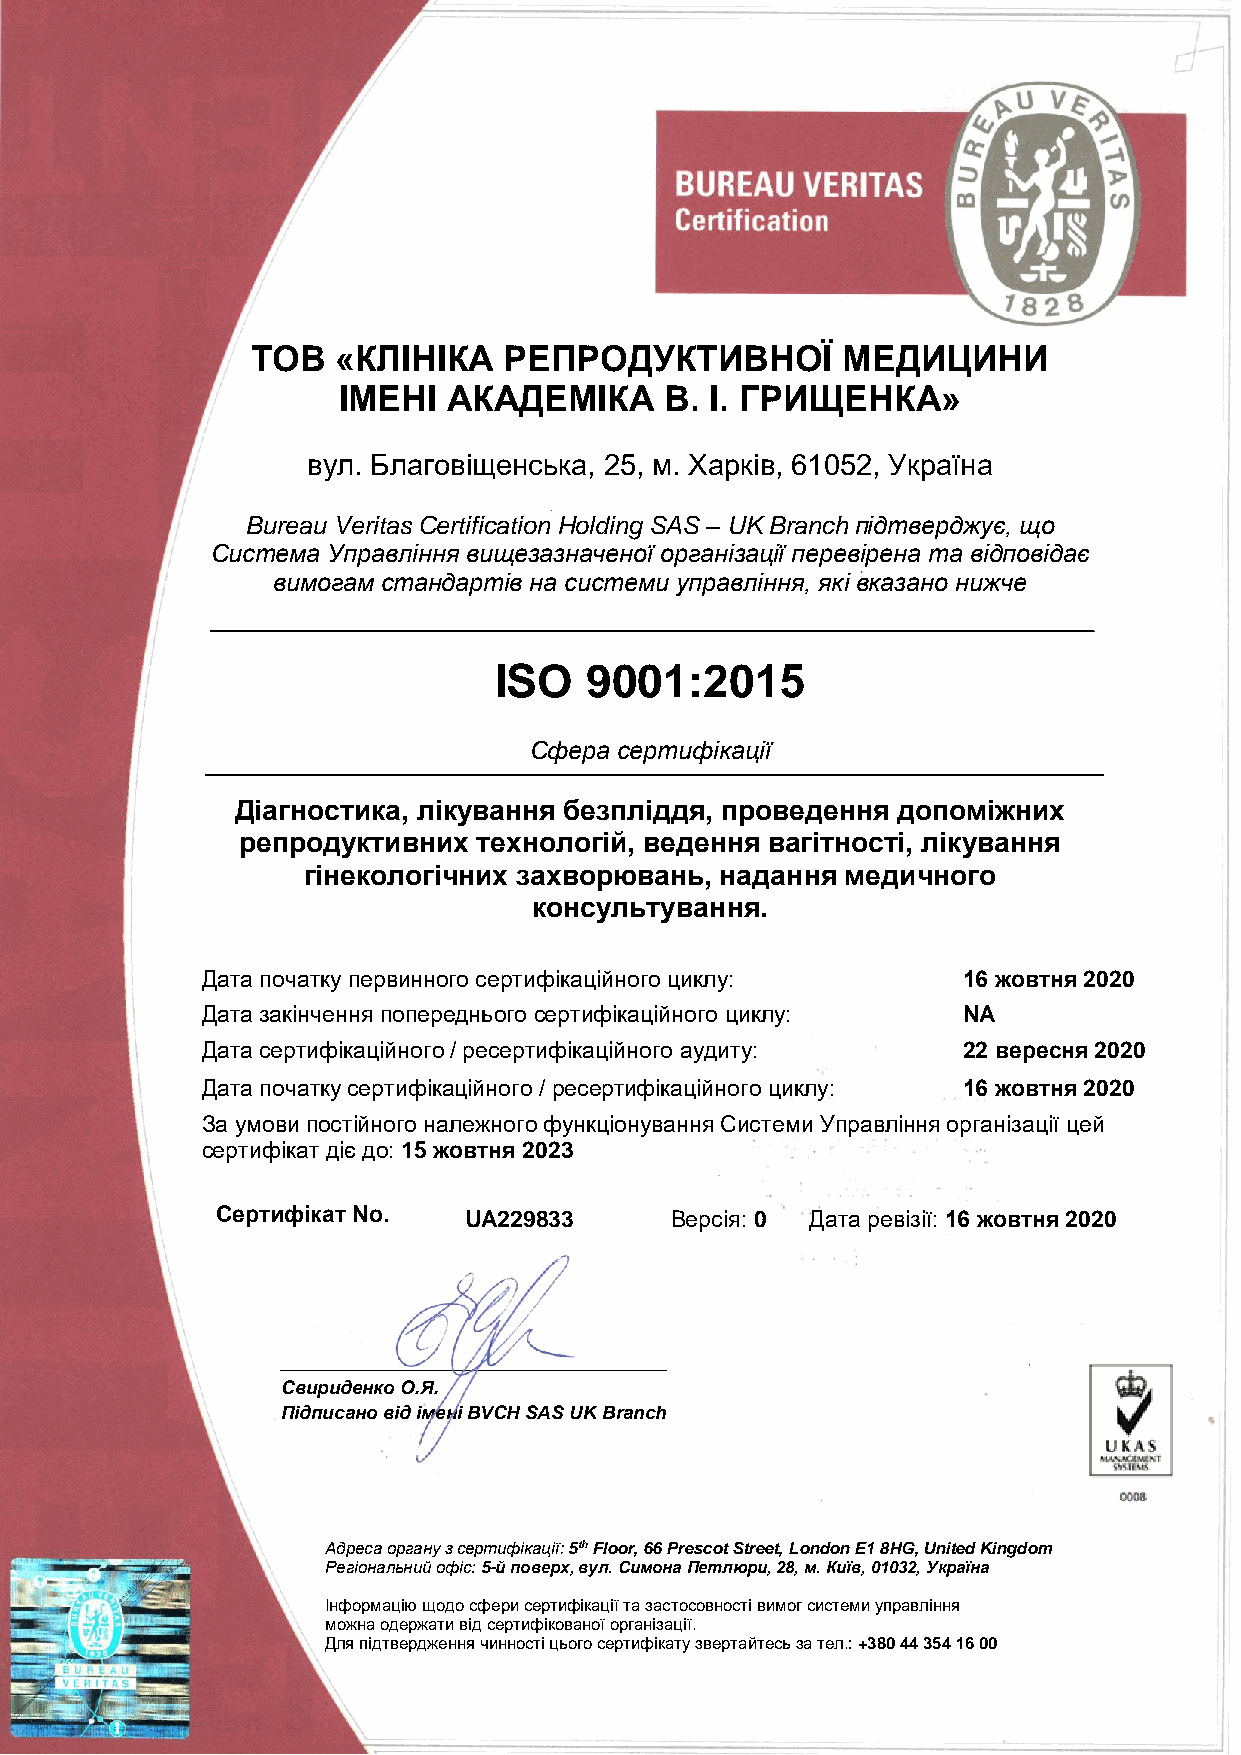
ТОВ  «КЛІНІКА   РЕПРОДУКТИВНОЇ         МЕДИЦИНИ
 ІМЕНІ   АКАДЕМІКА     В. І. ГРИЩЕНКА»
 вул. Благовіщенська, 25, м. Харків, 61052, Україна
 Bureau Veritas Certification Holding SAS – UK Branch підтверджує, що
 Система Управління вищезазначеної організації перевірена та відповідає
 вимогам стандартів на системи управління, які вказано нижче
 ISO   9001:2015
 Сфера сертифікації
 Діагностика, лікування безпліддя, проведення допоміжних
 репродуктивних  технологій, ведення вагітності, лікування
 гінекологічних захворювань, надання медичного
 консультування.
 Дата початку первинного сертифікаційного циклу:    16 жовтня 2020
 Дата закінчення попереднього сертифікаційного циклу: NA
 Дата сертифікаційного / ресертифікаційного аудиту: 22 вересня 2020
 Дата початку сертифікаційного / ресертифікаційного циклу: 16 жовтня 2020
 За умови постійного належного функціонування Системи Управління організації цей
 сертифікат діє до: 15 жовтня 2023
 Сертифікат No.   UA229833     Версія: 0 Дата ревізії: 16 жовтня 2020
 _____________________________________
 Свириденко О.Я.
 Підписано від імені BVCH SAS UK Branch
 Адреса органу з сертифікації: 5th Floor, 66 Prescot Street, London E1 8HG, United Kingdom
 Регіональний офіс: 5-й поверх, вул. Симона Петлюри, 28, м. Київ, 01032, Україна
 Інформацію щодо сфери сертифікації та застосовності вимог системи управління
 можна одержати від сертифікованої організації.
 Для підтвердження чинності цього сертифікату звертайтесь за тел.: +380 44 354 16 00
 1 / 1